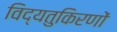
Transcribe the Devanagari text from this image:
विद्यतुकिरणों